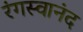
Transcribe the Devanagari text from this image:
रंगस्वानंद